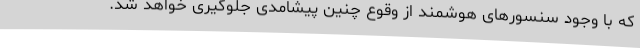
که با وجود سنسورهای هوشمند از وقوع چنین پیشامدی جلوگیری خواهد شد.